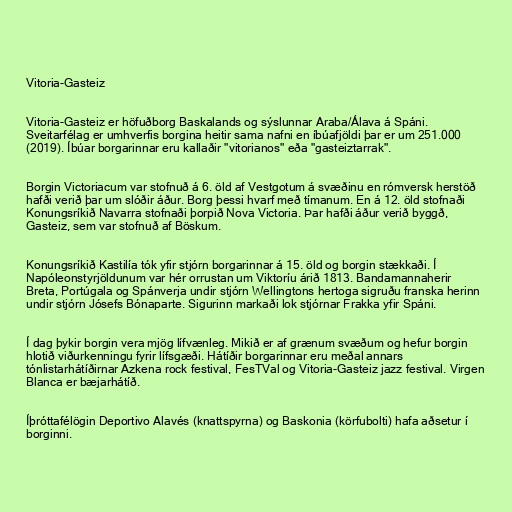
Vitoria-Gasteiz

Vitoria-Gasteiz er höfuðborg Baskalands og sýslunnar Araba/Álava á Spáni.
Sveitarfélag er umhverfis borgina heitir sama nafni en íbúafjöldi þar er um 251.000
(2019). Íbúar borgarinnar eru kallaðir "vitorianos" eða "gasteiztarrak".

Borgin Victoriacum var stofnuð á 6. öld af Vestgotum á svæðinu en rómversk herstöð
hafði verið þar um slóðir áður. Borg þessi hvarf með tímanum. En á 12. öld stofnaði
Konungsríkið Navarra stofnaði þorpið Nova Victoria. Þar hafði áður verið byggð,
Gasteiz, sem var stofnuð af Böskum.

Konungsríkið Kastilía tók yfir stjórn borgarinnar á 15. öld og borgin stækkaði. Í
Napóleonstyrjöldunum var hér orrustan um Viktoríu árið 1813. Bandamannaherir
Breta, Portúgala og Spánverja undir stjórn Wellingtons hertoga sigruðu franska herinn
undir stjórn Jósefs Bónaparte. Sigurinn markaði lok stjórnar Frakka yfir Spáni.

Í dag þykir borgin vera mjög lífvænleg. Mikið er af grænum svæðum og hefur borgin
hlotið viðurkenningu fyrir lífsgæði. Hátíðir borgarinnar eru meðal annars
tónlistarhátíðirnar Azkena rock festival, FesTVal og Vitoria-Gasteiz jazz festival. Virgen
Blanca er bæjarhátíð.

Íþróttafélögin Deportivo Alavés (knattspyrna) og Baskonia (körfubolti) hafa aðsetur í
borginni.